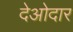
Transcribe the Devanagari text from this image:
देओदार